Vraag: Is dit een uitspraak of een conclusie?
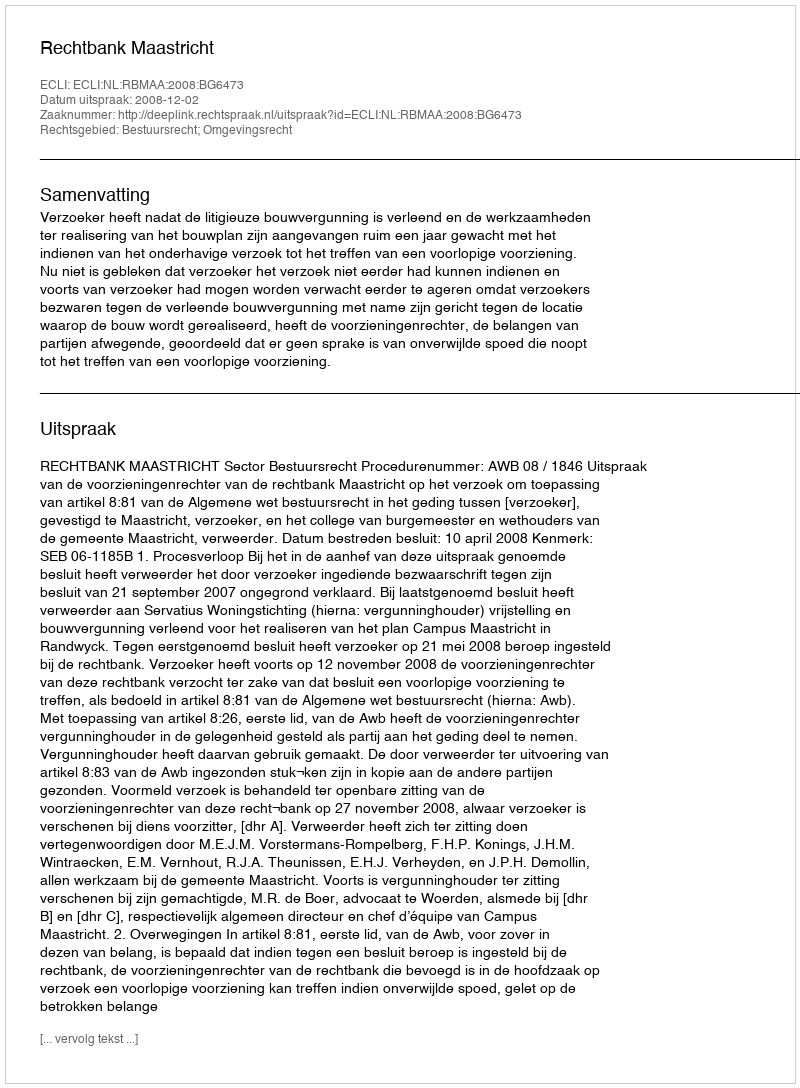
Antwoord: Uitspraak